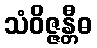
သံဝိဇ္ဇန္တီဓ